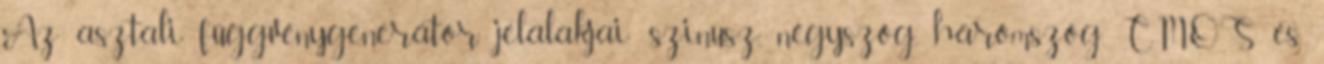
Az asztali függvénygenerátor jelalakjai: szinusz, négyszög, háromszög, CMOS és